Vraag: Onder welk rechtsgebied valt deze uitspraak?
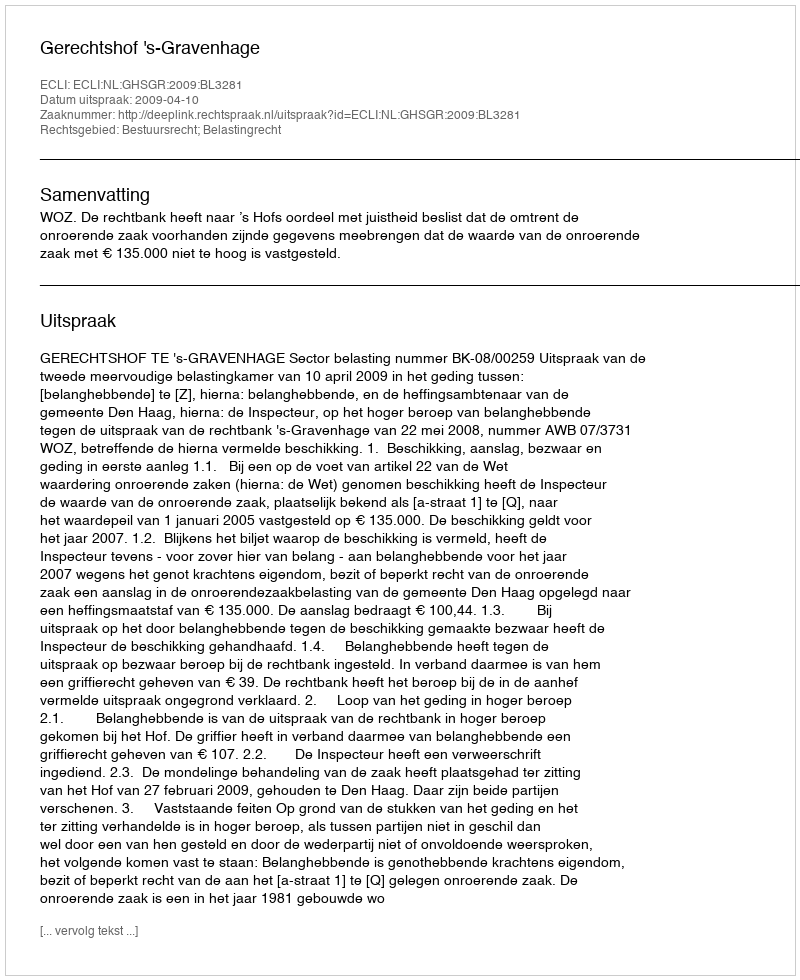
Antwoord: Bestuursrecht; Belastingrecht